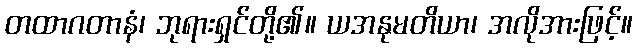
တထာဂတာနံ၊ ဘုရားရှင်တို့၏။ ယအနုမတိယာ၊ အလိုအားဖြင့်။